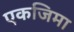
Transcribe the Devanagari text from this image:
एकजिमा